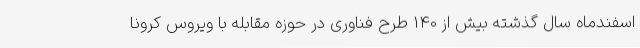
اسفندماه سال گذشته بیش از 140 طرح فناوری در حوزه مقابله با ویروس کرونا